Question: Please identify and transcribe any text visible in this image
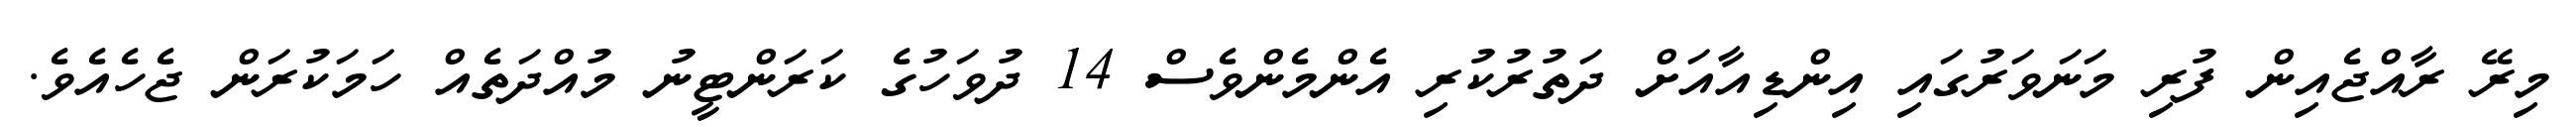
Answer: މިރޭ ރާއްޖެއިން ފުރި މަނަވަރުގައި އިންޑިއާއަށް ދަތުރުކުރި އެންމެންވެސް 14 ދުވަހުގެ ކަރަންޓީނު މުއްދަތެއް ހަމަކުރަން ޖެހެއެވެ.